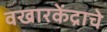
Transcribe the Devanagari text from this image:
वखारकेंद्राचे